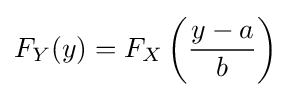
F_{Y}(y)=F_{X}\left({\frac {y-a}{b}}\right)